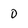
Character: O